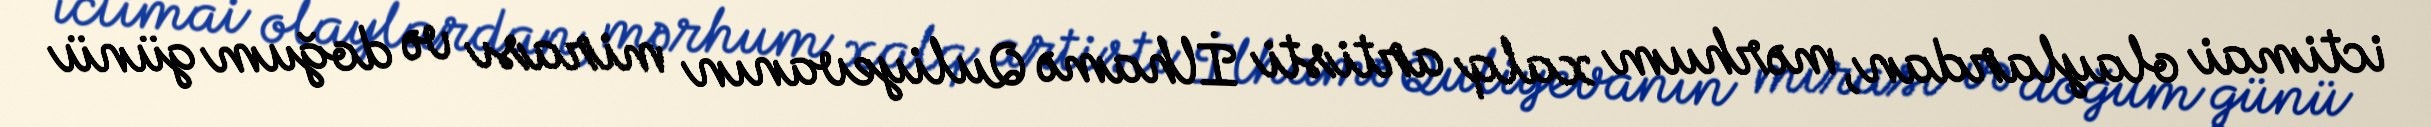
ictimai olaylardan, mərhum xalq artisti İlhamə Quliyevanın mirası və doğum günü